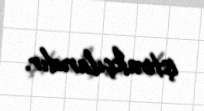
iştirakçılarıdır.